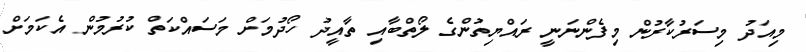
މިއަދު މިސަރުކާރުން މިފެންނަނީ ރައްޔިތުންގެ ލޯތްބާއި ތާއީދު ހޯދުމަށް މަސައްކަތް ކުރުމުން އެކަމަށް